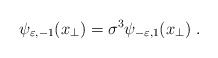
\begin{align*}\psi _{\varepsilon ,-1}(x_{\perp })=\sigma ^{3}\psi _{-\varepsilon,1}(x_{\perp })\;. \end{align*}